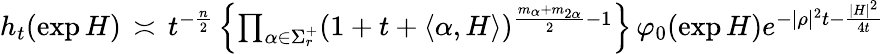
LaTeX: \begin{array}{r}{h_{t}(\exp{H})\, \asymp\, t^{-\frac{n}{2}}\, \Big\lbrace{\prod_{\alpha\in\Sigma_{r}^{+}}(1+t+\langle{\alpha,H}\rangle)^{\frac{m_{\alpha}+m_{2\alpha}}{2}-1}}\Big\rbrace\, \varphi_{0}(\exp{H})e^{-|\rho|^{2}t-\frac{|H|^{2}}{4t}}}\end{array}